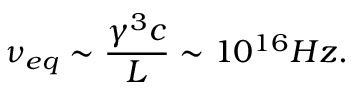
\nu _ { e q } \sim \frac { \gamma ^ { 3 } c } { L } \sim 1 0 ^ { 1 6 } H z .